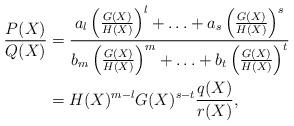
LaTeX: \begin{align*}\frac{P(X)}{Q(X)} & = \frac{a_l\left(\frac{G(X)}{H(X)}\right)^l+ \ldots +a_s\left(\frac{G(X)}{H(X)}\right)^s}{b_m\left(\frac{G(X)}{H(X)}\right)^m+ \ldots +b_t\left(\frac{G(X)}{H(X)}\right)^t} \\& = H(X)^{m-l}G(X)^{s-t}\frac{q(X)}{r(X)}, \end{align*}